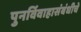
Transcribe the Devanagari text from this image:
पुनर्विवाहासंबंधीचे